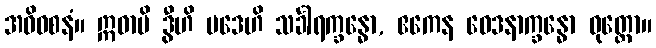
အဓိဝစနံ။ ဣဓာပိ ဒွီဟိ ပဒေဟိ သင်္ခါရက္ခန္ဓော, ဧကေန ဝေဒနာက္ခန္ဓော ဝုတ္တော။